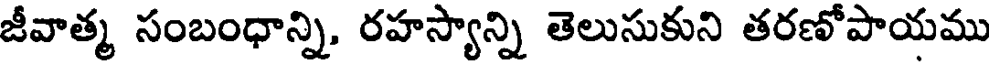
జీవాత్మ సంబంధాన్ని, రహస్యాన్ని తెలుసుకుని తరణోపాయము